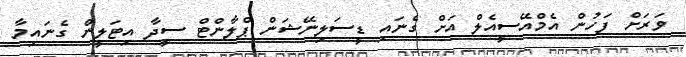
ވަރަށް ފަހުން އެމްއޭސީއެލް އަށް ގެނައި ޑީސަލިނޭޝަން ޕްލާންޓް ސީދާ އިޓަލީން ގެނައިމާ